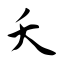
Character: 夭